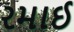
રમાઈ